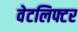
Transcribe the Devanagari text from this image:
वेटलिफ्टर